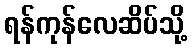
ရန်ကုန်လေဆိပ်သို့